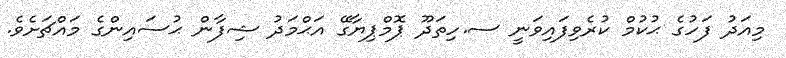
މިއަދު ފަހުގެ ޙުކުމް ކުރެވިފައިވަނީ ސ.ހިތަދޫ ޕޮމްޕިޔާގޭ އަޙްމަދު ޝިފާން ޙުސައިންގެ މައްޗަށެވެ.